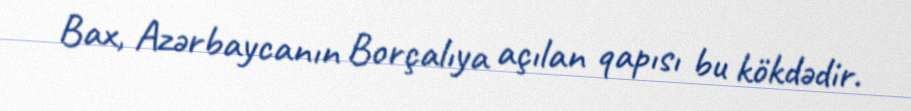
Bax, Azərbaycanın Borçalıya açılan qapısı bu kökdədir.